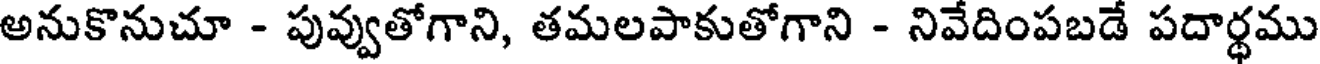
అనుకొనుచూ - పువ్వుతోగాని, తమలపాకుతోగాని - నివేదింపబడే పదార్థము